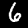
Label: 6